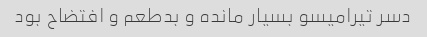
دسر تیرامیسو بسیار مانده و بدطعم و افتضاح بود